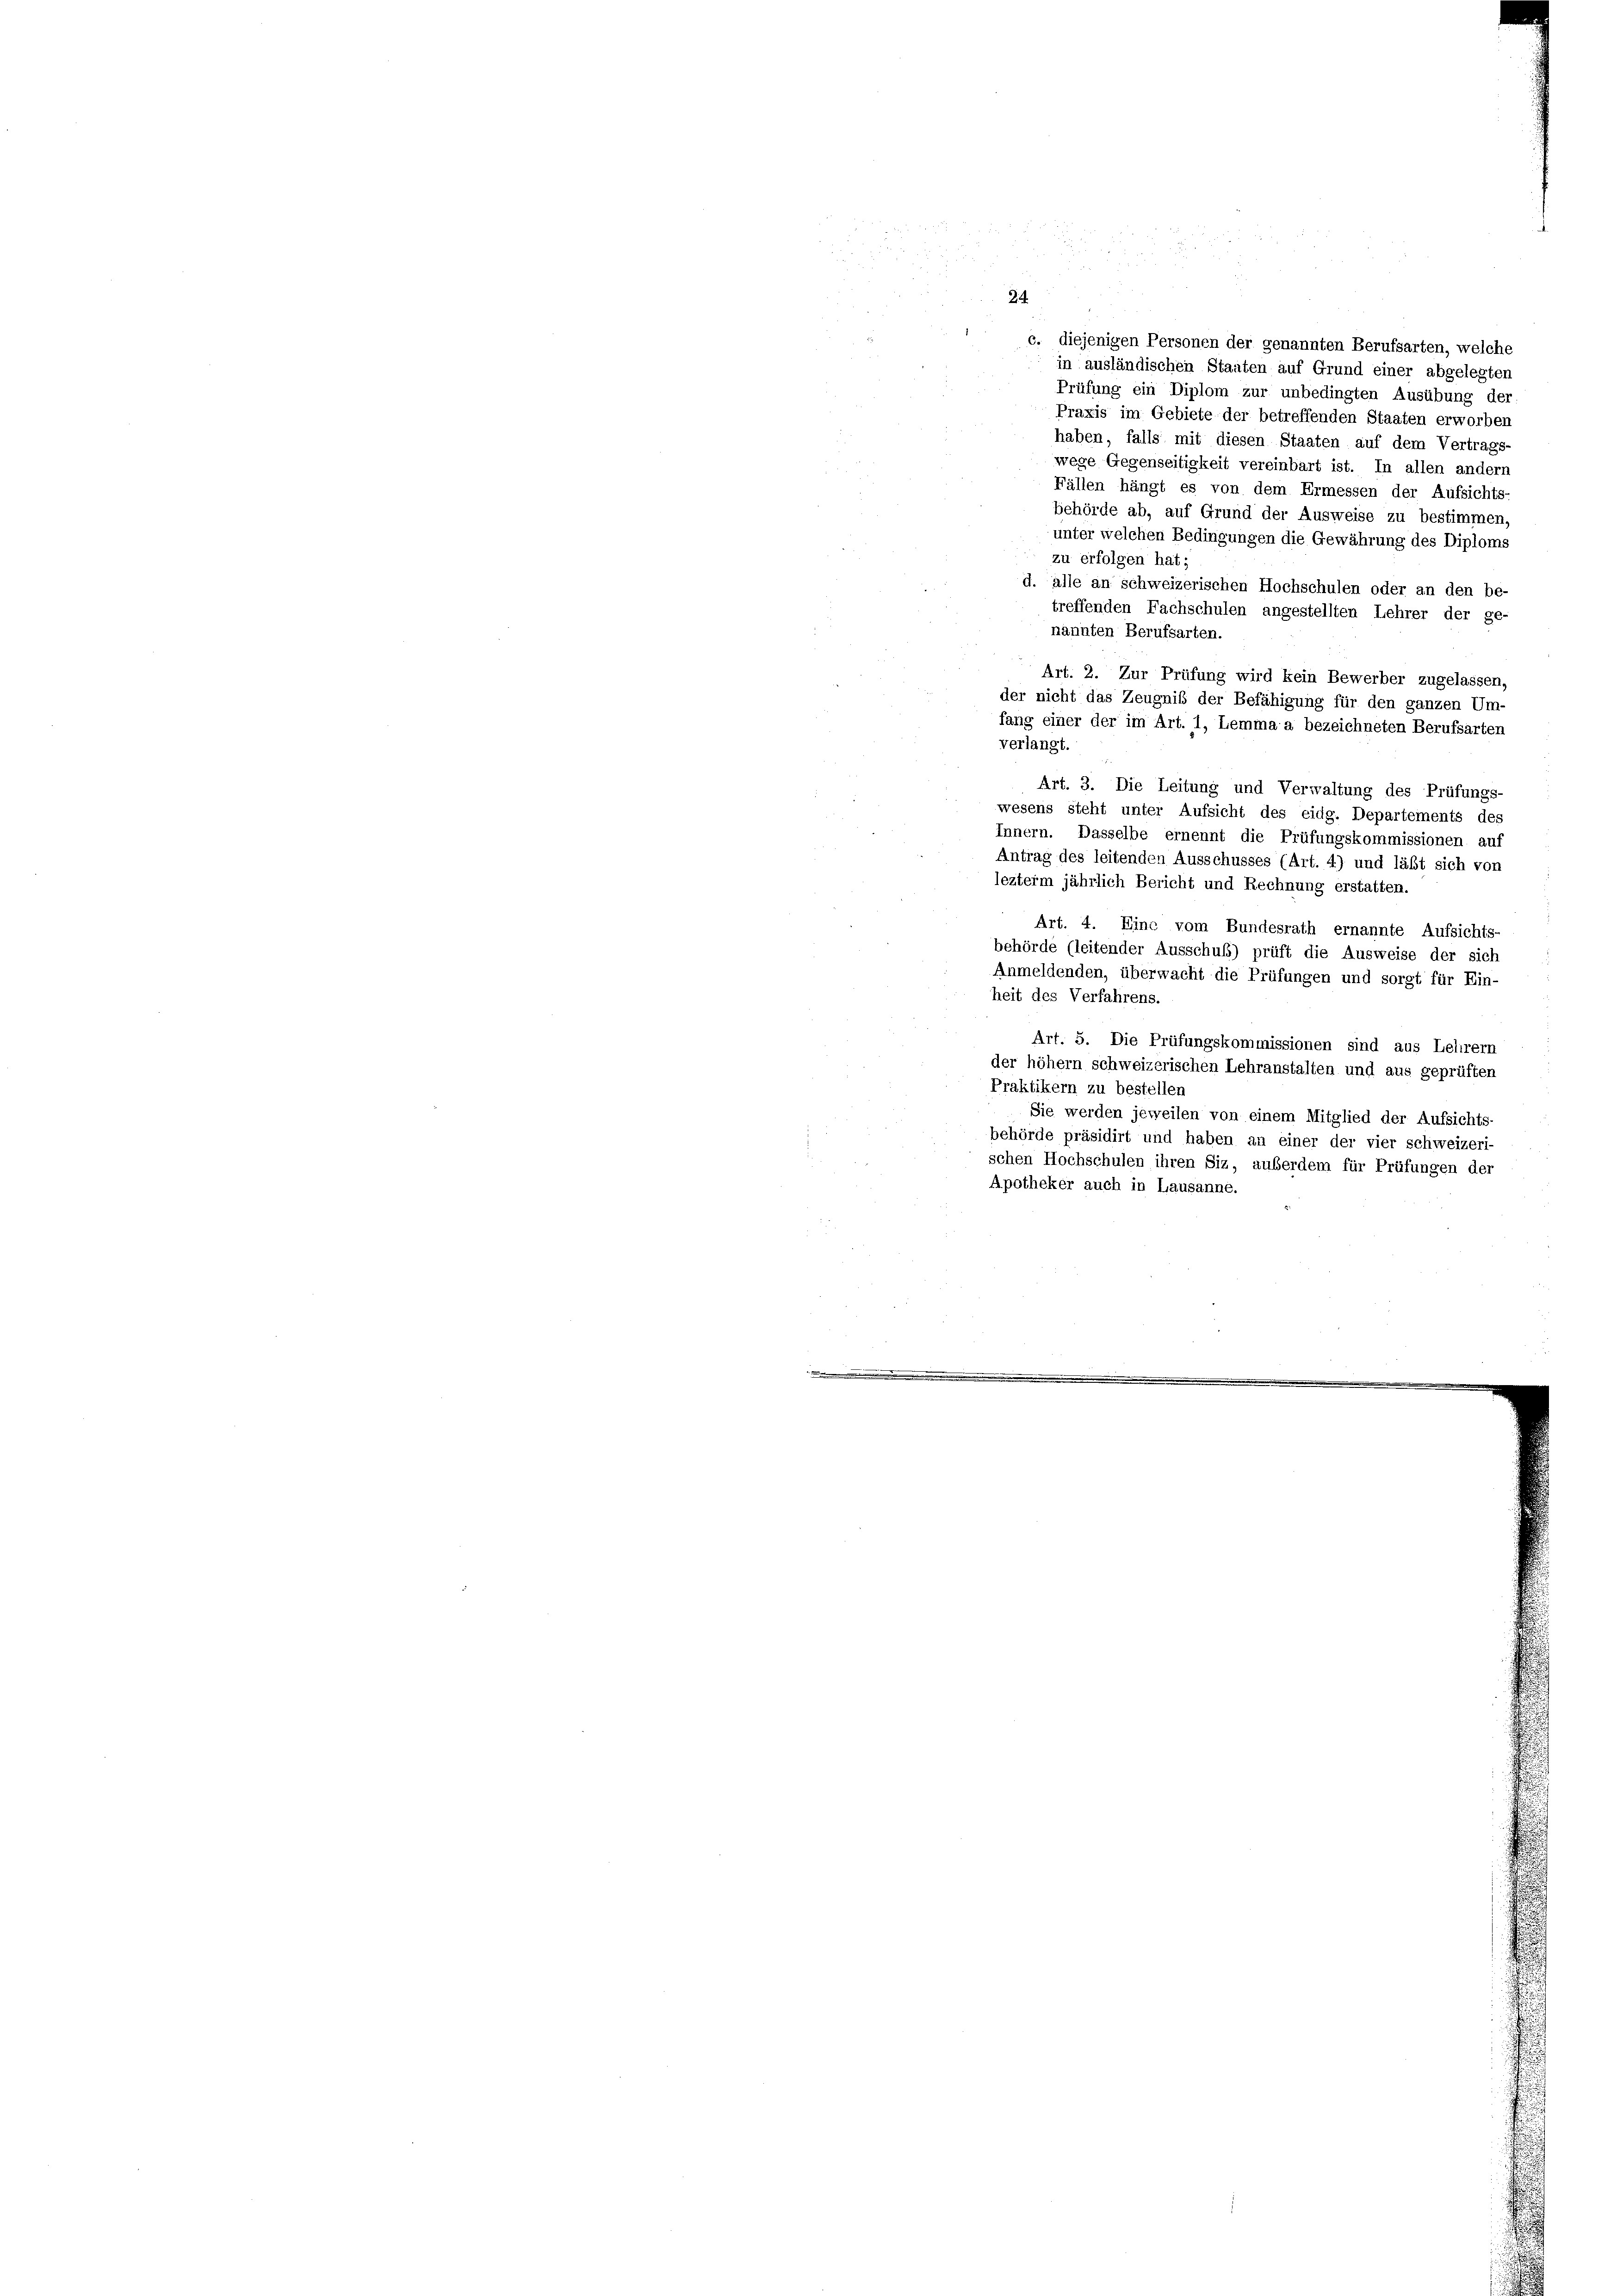
c. diejenigen Personen der genannten Berufsarten, welche
in ausländischen Staaten auf Grund einer abgelegten
Prüfung ein Diplom zur unbedingten Ausübung der
Praxis im Gebiete der betreffenden Staaten erworben
haben, falls mit diesen Staaten auf dem Vertrags-
wege Gegenseitigkeit vereinbart ist. In allen andern
Fällen hängt es von dem Ermessen der Aufsichts
behörde ab, auf Grund der Ausweise zu bestimmen,
unter welchen Bedingungen die Gewährung des Diploms
zu erfolgen hat;
d. alle an schweizerischen Hochschulen oder an den be-
treffenden Fachschulen angestellten Lehrer der ge-
nannten Berufsarten.
Art. 2. Zur Prüfung wird kein Bewerber zugelassen,
der nicht das Zeugniß der Befähigung für den ganzen Um-
fang einer der im Art. 1, Lemma a bezeichneten Berufsarten
Art. 3. Die Leitung und Verwaltung des Prüfungs-
wesens steht unter Aufsicht des eidg. Departements des
Innern. Dasselbe ernennt die Prüfungskommissionen auf
Antrag des leitenden Ausschusses (Art. 4) und läßt sich von
lezterm jährlich Bericht und Rechnung erstatten.
Art. 4. Eine vom Bundesrath ernannte Aufsichts-
behörde (leitender Ausschuß) prüft die Ausweise der sich
Anmeldenden, überwacht die Prüfungen und sorgt für Ein-
heit des Verfahrens.
Art. 5. Die Prüfungskommissionen sind aus Lehnern
der höher schweizerischen Lehranstalten und aus geprüften
Praktikern zu bestellen
Sie werden jeweilen von einem Mitglied der Aufsichts-
behörde präsidirt und haben an einer der vier schweizeri-
schen Hochschulen ihren Siz, außerdem für Prüfungen der
Apotheker auch in Lausanne

24

verlangt.